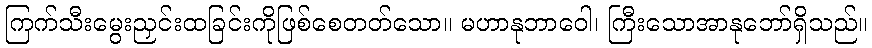
ကြက်သီးမွေးညှင်းထခြင်းကိုဖြစ်စေတတ်သော။ မဟာနုဘာဝေါ၊ ကြီးသောအာနုဘော်ရှိသည်။